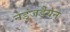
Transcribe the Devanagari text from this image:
नेडुंजडैयन्